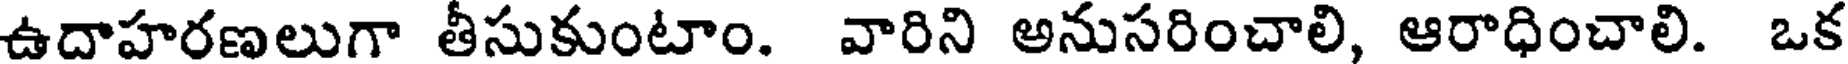
ఉదాహరణలుగా తీసుకుంటాం. వారిని అనుసరించాలి, ఆరాధించాలి. ఒక